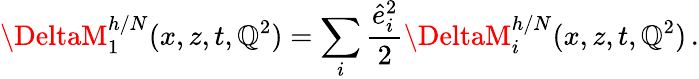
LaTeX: \DeltaM_{1}^{h/N}(x,z,t,\mathbb{Q}^{2})=\sum_{i}\frac{{\hat{{e}}_{i}^{2}}}{{2}}\DeltaM_{i}^{h/N}(x,z,t,\mathbb{Q}^{2})\, .